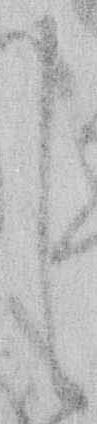
し